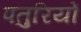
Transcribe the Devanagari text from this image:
पतुरियों